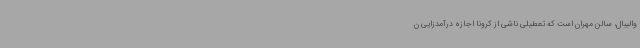
والیبال، سالن مهران است که تعطیلی ناشی از کرونا اجازه درآمدزایی ن